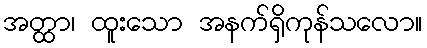
အတ္ထာ၊ ထူးသော အနက်ရှိကုန်သလော။